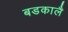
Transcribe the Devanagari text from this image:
बडकालै